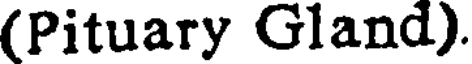
(Pituary Gland).